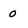
Character: 0